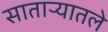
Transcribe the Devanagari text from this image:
साताऱ्यातले